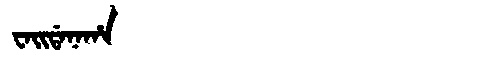
Manchu: ᠸᠠᡳᡩᠠᠨᠠᡥᠠ
Romanization: WAIDANAHA